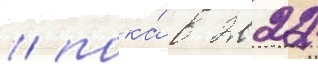
/ пока́ в 2022